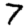
Digit: 7